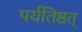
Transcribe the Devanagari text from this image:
पर्यतिष्ठत्